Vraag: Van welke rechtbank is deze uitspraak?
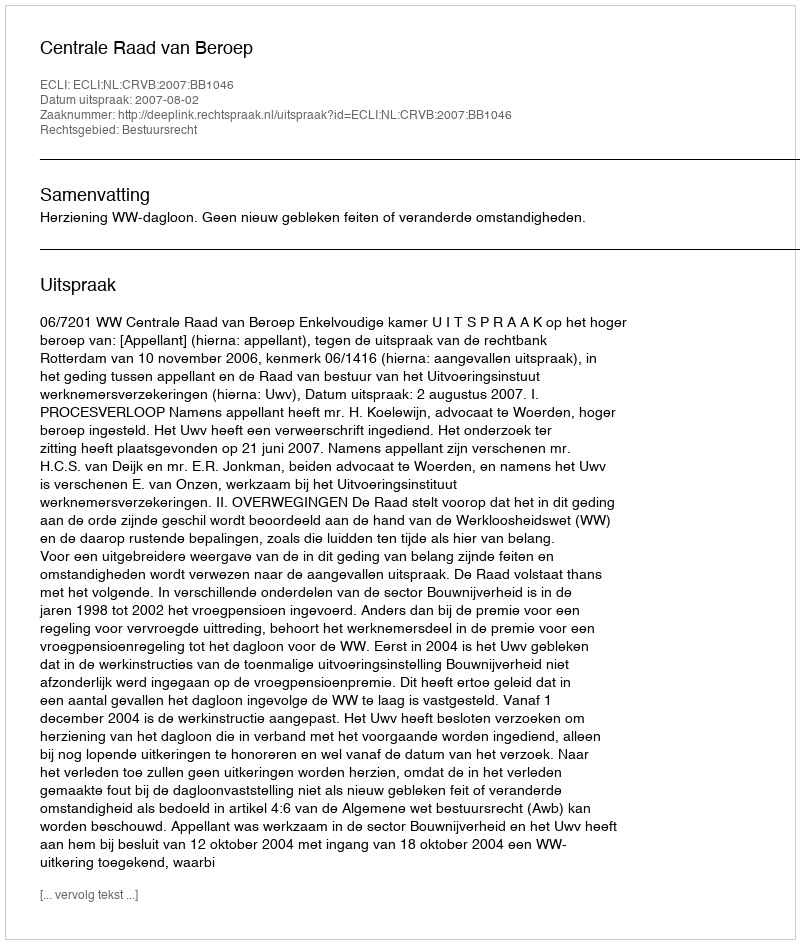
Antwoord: Centrale Raad van Beroep